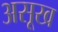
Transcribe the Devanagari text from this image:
असूख